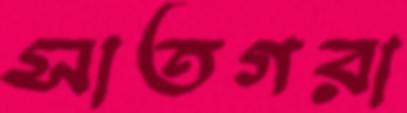
সাতগরা